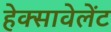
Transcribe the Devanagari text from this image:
हेक्सावेलेंट